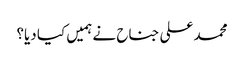
محمد علی جناح نے ہمیں کیا دیا؟